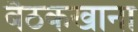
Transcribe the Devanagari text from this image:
बैठकखाना